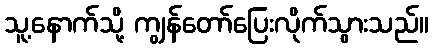
သူ့နောက်သို့ ကျွန်တော်ပြေးလိုက်သွားသည်။